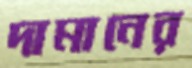
দামানের